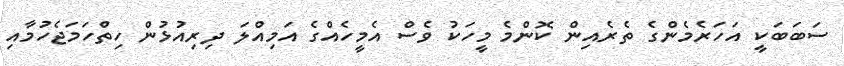
ސަބަބަކީ އަހަރެމެންގެ ތެރެއިން ކޮންމެ މީހަކު ވެސް އެމީހެއްގެ އަމިއްލަ ދިރިއުޅުން ހިތްހަމަޖެހުމާއި